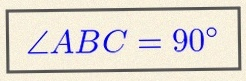
\angle ABC=90^\circ